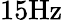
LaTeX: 15\mathrm{Hz}